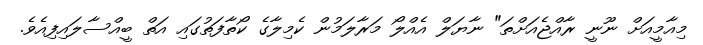
މިއާމީއަށް ނޫނީ ރާއްޖެއަށްތަ" ނާޔަލް އެއްލޯ މަރާލަމުން ކެމިލާގެ ކޯތާފަތުގައި އަތް ބީއްސާލައިފިއެވެ.